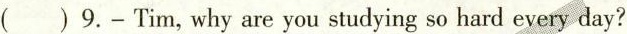
( )9.-Tim, why are you studying so hard every day?